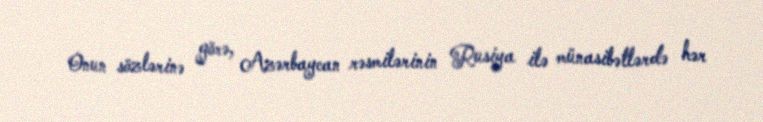
Onun sözlərinə görə, Azərbaycan rəsmilərinin Rusiya ilə münasibətlərdə hər